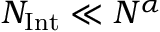
N _ { \mathrm { I n t } } \ll N ^ { \alpha }